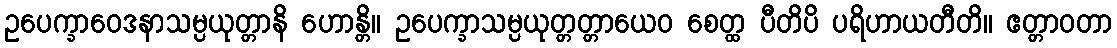
ဥပေက္ခာဝေဒနာသမ္ပယုတ္တာနိ ဟောန္တိ။ ဥပေက္ခာသမ္ပယုတ္တတ္တာယေဝ စေတ္ထ ပီတိပိ ပရိဟာယတီတိ။ ဧတ္တာဝတာ